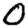
Digit: 0